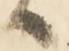
候